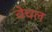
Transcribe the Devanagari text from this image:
वेचल